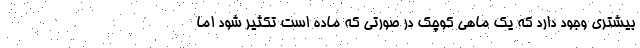
بیشتری وجود دارد که یک ماهی کوچک در صورتی که ماده است تکثیر شود اما